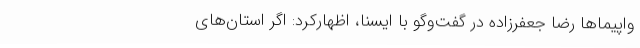
واپیماها رضا جعفرزاده در گفت‌وگو با ایسنا، اظهارکرد: اگر استان‌های